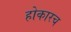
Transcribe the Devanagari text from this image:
होकारच